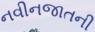
નવીનજાતની